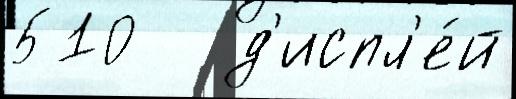
510   д'испл'е́й